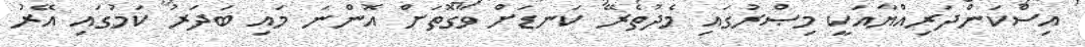
އިސްކަންދަރިއްޔާއަކީ މިޞްރުގައި މެދުތެރޭ ކަނޑަށް ވާގޮތަށް އޮންނަ މައި ބަދަރު ކަމުގައި އޭރު